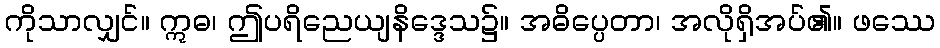
ကိုသာလျှင်။ ဣဓ၊ ဤပရိညေယျနိဒ္ဒေသ၌။ အဓိပ္ပေတာ၊ အလိုရှိအပ်၏။ ဖဿေ